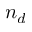
n _ { d }